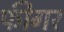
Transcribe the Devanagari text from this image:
फीगर